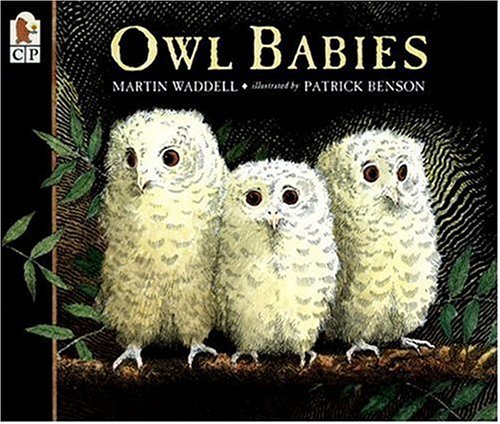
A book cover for Owl Babies; Martin Waddell; Children's Books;